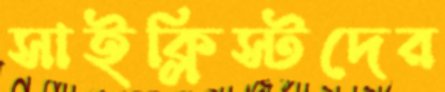
সাইক্লিস্টদের